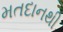
મતદાનથી